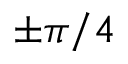
\pm \pi / 4